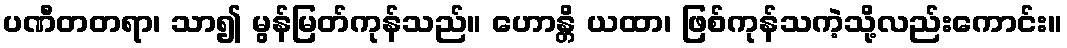
ပဏီတတရာ၊ သာ၍ မွန်မြတ်ကုန်သည်။ ဟောန္တိ ယထာ၊ ဖြစ်ကုန်သကဲ့သို့လည်းကောင်း။